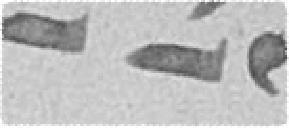
225